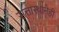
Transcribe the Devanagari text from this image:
सत्तास्थानेही